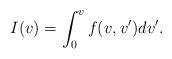
LaTeX: \begin{align*} I(v)=\int_0^vf(v,v')dv'.\end{align*}